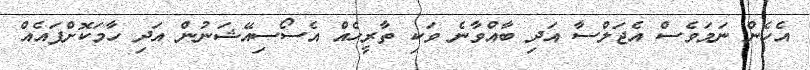
އެހެން ނަމަވެސް އެޖަލްސާ އަދި ބާއްވާނެ ވަކި ތާރީހެއް އެސޯސިއޭޝަނުން އަދި ހާމަކޮށްފައެއް